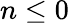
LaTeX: n\le 0